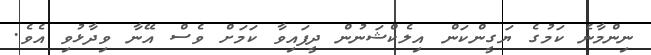
ނިންމާނެ ކަމުގެ ޔަގީންކަން އިލެކްޝަނުން ދީފައިވާ ކަމަށް ވެސް އޭނާ ވިދާޅުވި އެވެ.